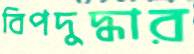
বিপদুদ্ধার